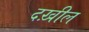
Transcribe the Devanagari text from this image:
दख़ील